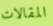
المقالات